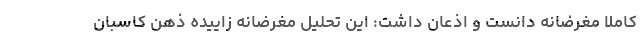
کاملا مغرضانه دانست و اذعان داشت: این تحلیل مغرضانه زاییده ذهن کاسبان